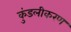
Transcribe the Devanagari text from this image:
कुंडलीकरण